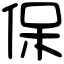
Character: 保